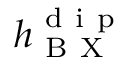
h _ { \mathrm { ~ B ~ X ~ } } ^ { \mathrm { ~ d ~ i ~ p ~ } }